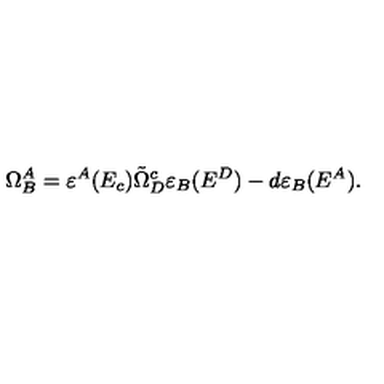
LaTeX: \Omega _ { B } ^ { A } = \varepsilon ^ { A } ( E _ { c } ) \tilde { \Omega } _ { D } ^ { c } \varepsilon _ { B } ( E ^ { D } ) - d \varepsilon _ { B } ( E ^ { A } ) .